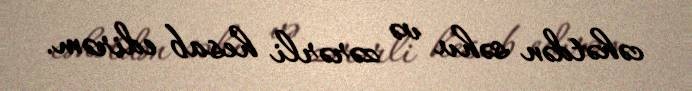
cəhətdən səhv və zərərli hesab edirəm.